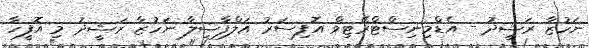
ނަހުޒާ ރަޝީދު - އެޑްމިނިސްޓްރޭޓިވް އޮފިސަރު އަލްފާޟިލާ ނަހުޒާ ރަޝީދު މި އޮފީހާ